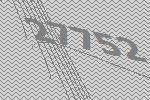
27752